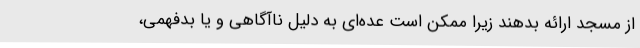
از مسجد ارائه بدهند زیرا ممکن است عده‌ای به دلیل ناآگاهی و یا بدفهمی،